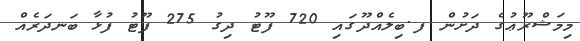
މިމަޝްރޫޢުގެ ދަށުން ފ.ބިލެއްދޫގައި 720 ފޫޓު ދިގު 275 ފޫޓު ފުޅާ ބަނދަރެއް